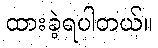
ထားခဲ့ရပါတယ်။